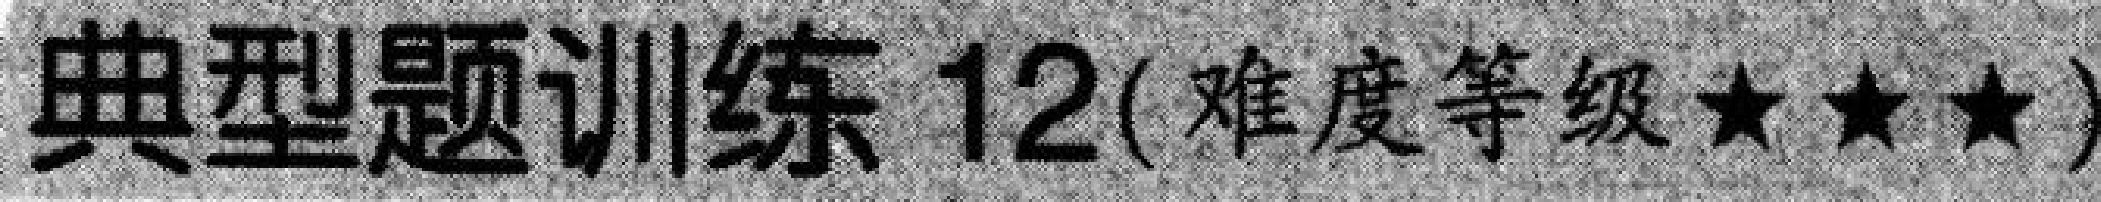
典型题训练 \(12(\)难度等级\(★★★)\)